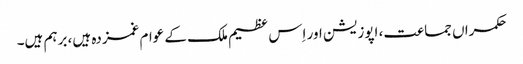
حکمراں جماعت، اپوزیشن اور اِس عظیم ملک کے عوام غمزدہ ہیں، برہم ہیں۔